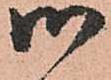
御